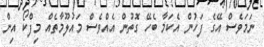
ނަމަވެސް އޭގެ ފަހުން އެކަމާ ބެހޭ ގޮތުން އެއްވެސް މައުލޫމާތެއް މިފްކޯ އިން